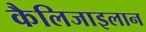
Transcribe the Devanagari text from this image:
कैलिजाइलान